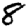
Digit: 8